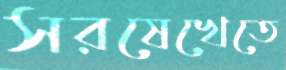
সরষেখেতে